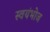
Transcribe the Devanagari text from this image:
स्वयंभोज